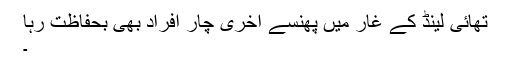
تھائی لینڈ کے غار میں پھنسے آخری چار افراد بھی بحفاظت رہا
۔